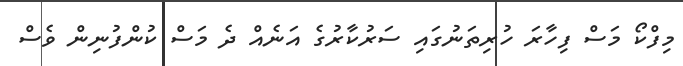
މިފްކޯ މަސް ފިހާރަ ހުރިތަނުގައި ސަރުކާރުގެ އަނެއް ދެ މަސް ކުންފުނިން ވެސް